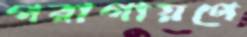
পরাগায়ণে